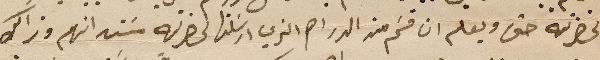
لحضرته حتى ويعلم ان قسَم من الدراهم الذي أرسَلتها لحضرته مسَتدانهم وذالك